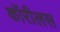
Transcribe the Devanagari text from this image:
कॉरीलस